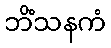
ဘိံသနကံ